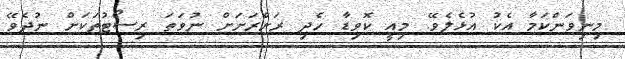
މިނިވަންކަމާ އެކު އުޅެލެވޭ. މިއީ ކޮވިޑާ ހެދި ރަށްރަށަށް ނުވަތަ ރިސޯޓުތަކަށް ނުދެވޭ